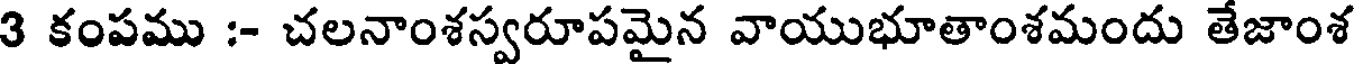
3 కంపము :- చలనాంశస్వరూపమైన వాయుభూతాంశమందు తేజాంశ